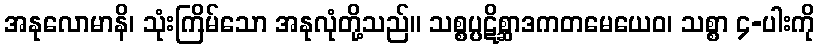
အနုလောမာနိ၊ သုံးကြိမ်သော အနုလုံတို့သည်။ သစ္စပ္ပဋိစ္ဆာဒကတမေယေဝ၊ သစ္စာ ၄-ပါးကို